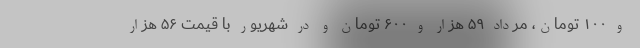
و ۱۰۰ تومان، مرداد ۵۹ هزار و ۶۰۰ تومان و در شهریور با قیمت ۵۶ هزار